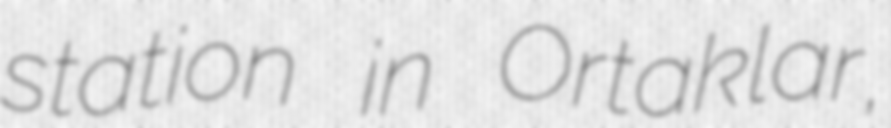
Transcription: station in Ortaklar,